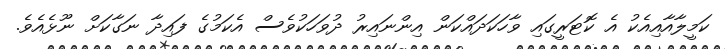
ކަމީލާއާއިއެކު އެ ކޮޓަރީގައި ވާހަކަދައްކަން އިންނައިރު ދުވަހަކުވެސް އެކަމުގެ ފައިދާ ނަގާކަށް ނޫޅެއެވެ.